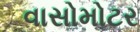
વાસોમોટર